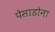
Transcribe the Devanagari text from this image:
पेसाडोना